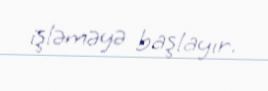
işləməyə başlayır.